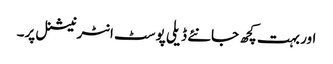
اور بہت کچھ جانئے ڈیلی پوسٹ انٹرنیشنل پر۔